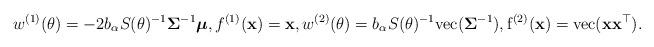
LaTeX: \begin{align*}w^{(1)}(\theta) = - 2b_\alpha S(\theta)^{-1} \boldsymbol{\Sigma} ^{-1}\boldsymbol{\mu}, f^{(1)}({\bf{x}}) = {\bf{x}},w^{(2)}(\theta) = b_\alpha S(\theta)^{-1} \rm{vec} (\boldsymbol{\Sigma}^{-1}),f^{(2)}({\bf{x}}) =\rm{vec}({\bf{x}}{\bf{x}}^\top).\end{align*}